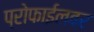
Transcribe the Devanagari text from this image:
प्रोफाईलवर